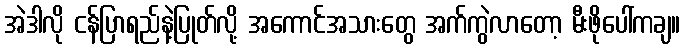
အဲဒါလို ငန်ပြာရည်နဲ့ပြုတ်လို့ အကောင်အသားတွေ အက်ကွဲလာတော့ မီးဖိုပေါ်ကချ။